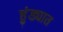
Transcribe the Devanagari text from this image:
हुंड्यात